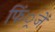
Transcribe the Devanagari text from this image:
फिं्रजें